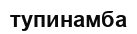
тупинамба